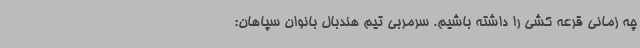
چه زمانی قرعه کشی را داشته باشیم. سرمربی تیم هندبال بانوان سپاهان: